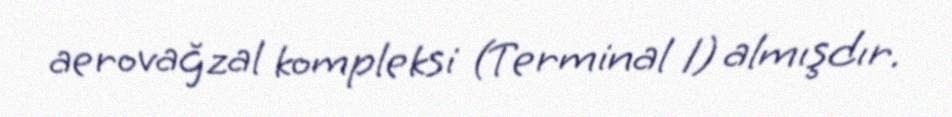
aerovağzal kompleksi (Terminal 1) almışdır.